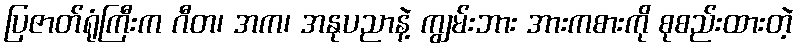
ပြဇာတ်ရုံကြီးက ဂီတ၊ အက၊ အနုပညာနဲ့ ကျွမ်းဘား အားကစားကို စုစည်းထားတဲ့